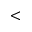
<